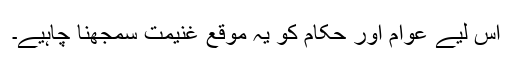
اس لیے عوام اور حکام کو یہ موقع غنیمت سمجھنا چاہیے۔